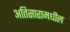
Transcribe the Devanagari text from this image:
अतिसारामधील